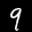
Label: 9